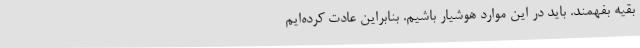
بقیه بفهمند. باید در این موارد هوشیار باشیم. بنابراین عادت کرده‌ایم